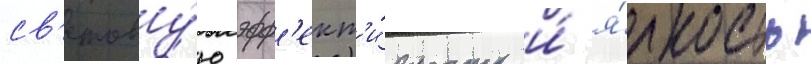
св'етову́ю эфф'ект'и́вность и́ я́ркость